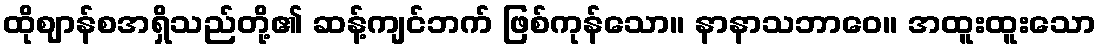
ထိုဈာန်စအရှိသည်တို့၏ ဆန့်ကျင်ဘက် ဖြစ်ကုန်သော။ နာနာသဘာဝေ။ အထူးထူးသော